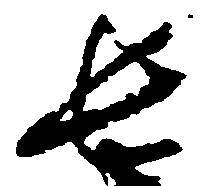
長